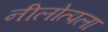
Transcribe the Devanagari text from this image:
नीलोत्पला